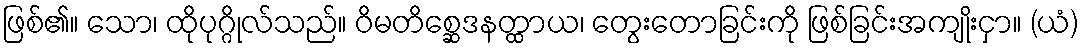
ဖြစ်၏။ သော၊ ထိုပုဂ္ဂိုလ်သည်။ ဝိမတိစ္ဆေဒနတ္ထာယ၊ တွေးတောခြင်းကို ဖြစ်ခြင်းအကျိုးငှာ။ (ယံ)